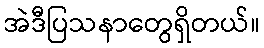
အဲဒီပြသနာတွေရှိတယ်။